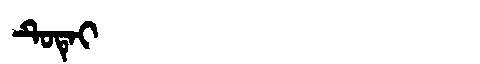
Manchu: ᡨᡠᡨᡝᡳ
Romanization: TUTEI